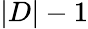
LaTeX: |D|-1